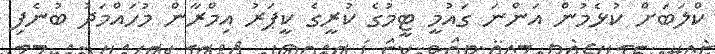
ކްލަބަށް ކުޅެމުން އަންނަ ގައުމީ ޓީމުގެ ކުރީގެ ކީޕަރު އިމްރާން މުހައްމަދު ބުނެފި